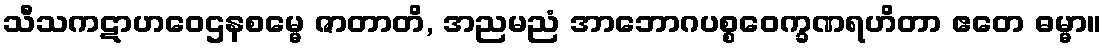
သီသကဋာဟဝေဌနစမ္မေ ဇာတာတိ, အညမညံ အာဘောဂပစ္စဝေက္ခဏရဟိတာ ဧတေ ဓမ္မာ။